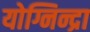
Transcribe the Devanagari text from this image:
योग्निन्द्रा